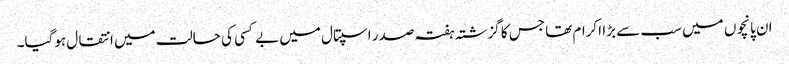
ان پانچوں میں سب سے بڑا اکرام تھا جس کا گزشتہ ہفتہ صدر اسپتال میں بے کسی کی حالت میں انتقال ہوگیا۔